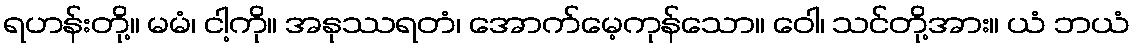
ရဟန်းတို့။ မမံ၊ ငါ့ကို။ အနုဿရတံ၊ အောက်မေ့ကုန်သော။ ဝေါ၊ သင်တို့အား။ ယံ ဘယံ